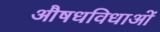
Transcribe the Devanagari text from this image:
औषधविधाओं